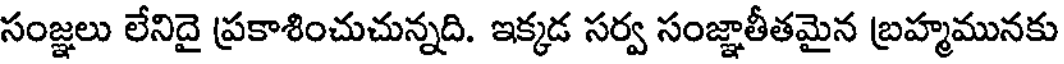
సంజ్ఞలు లేనిదై ప్రకాశించుచున్నది. ఇక్కడ సర్వ సంజ్ఞాతీతమైన బ్రహ్మమునకు